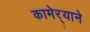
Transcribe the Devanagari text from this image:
कामेर्‍याने